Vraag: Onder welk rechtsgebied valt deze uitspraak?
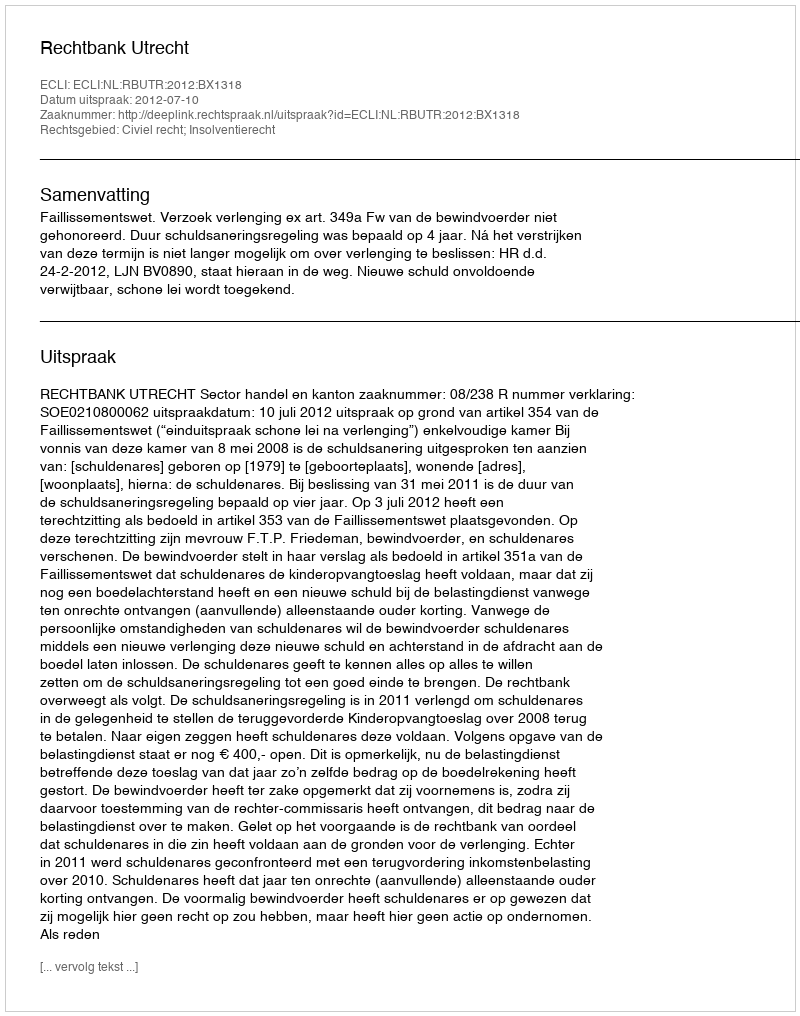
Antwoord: Civiel recht; Insolventierecht